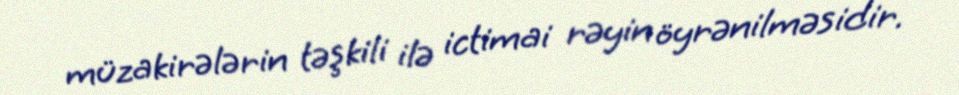
müzakirələrin təşkili ilə ictimai rəyin öyrənilməsidir.